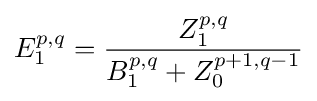
E_{1}^{p,q}={\frac {Z_{1}^{p,q}}{B_{1}^{p,q}+Z_{0}^{p+1,q-1}}}